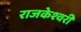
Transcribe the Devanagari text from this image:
राजकेश्‍वरी